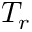
T _ { r }